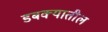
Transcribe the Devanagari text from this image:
डबक्यातील